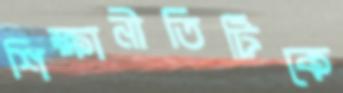
শিক্ষানীতিটিকে